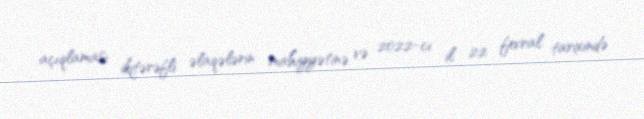
açıqlaması ikitərəfli əlaqələrin mahiyyətinə və 2022-ci il 22 fevral tarixində